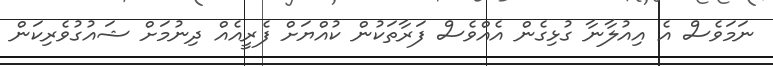
ނަމަވެސް އެ އިއުލާނާ ގުޅިގެން އެއްވެސް ފަރާތަކުން ކުއްޔަށް ފެރީއެއް ދިނުމަށް ޝައުގުވެރިކަން